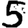
Digit: 5